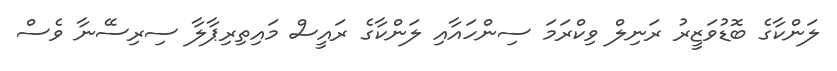
ލަންކާގެ ބޮޑުވަޒީރު ރަނިލް ވިކްރަމަ ސިންހައާއި ލަންކާގެ ރައީސް މައިތިރިޕާލާ ސިރިސޭނާ ވެސް